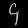
Digit: ၄